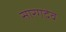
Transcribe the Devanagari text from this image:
सारगदेव